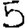
Digit: 5